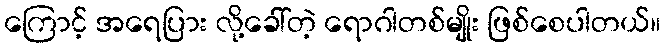
ကြောင့် အရေပြား လို့ခေါ်တဲ့ ရောဂါတစ်မျိုး ဖြစ်စေပါတယ်။